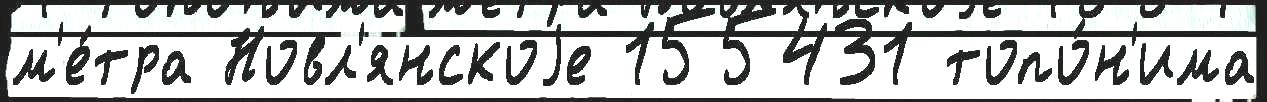
м'е́тра Новл'янскоjе 155431 топо́н'има